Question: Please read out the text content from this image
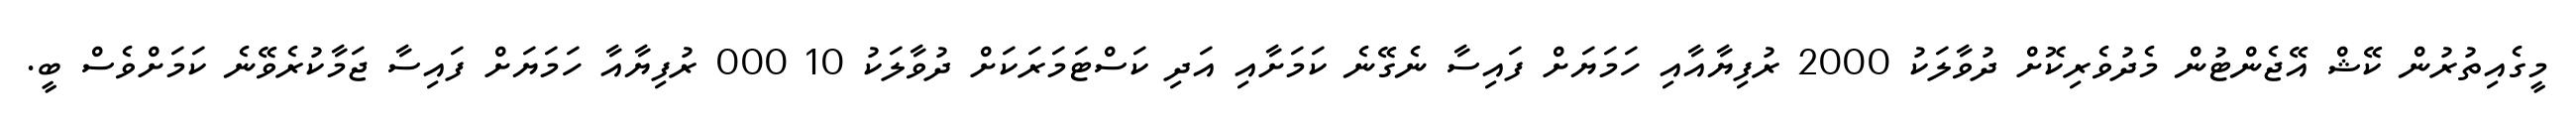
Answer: މީގެއިތުރުން ކޭޝް އޭޖެންޓުން މެދުވެރިކޮށް ދުވާލަކު 2000 ރުފިޔާއާއި ހަމަޔަށް ފައިސާ ނެގޭނެ ކަމަށާއި އަދި ކަސްޓަމަރަކަށް ދުވާލަކު 10 000 ރުފިޔާއާ ހަމަޔަށް ފައިސާ ޖަމާކުރެވޭނެ ކަމަށްވެސް ބީ.